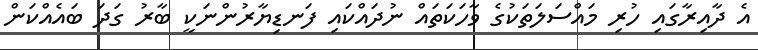
އެ ދާއިރާގައި ހުރި މައްސަލަތަކުގެ ވާހަކަތައް ނުދައްކައި ފަނޑިޔާރުންނަކީ ބާރު ގަދަ ބައެއްކަން